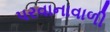
પરવાનાવાળી